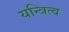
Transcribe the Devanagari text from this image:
यन्त्रित्व